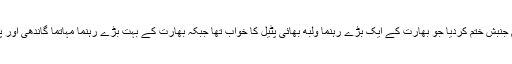
اس غیر آئینی قدم اٹھانے پر مودی کا یہ بیان آیا کہ اس نے ستر سالہ تنازعہ یک قلم جنبش ختم کردیا جو بھارت کے ایک بڑے رہنما ولبھ بھائی پٹیل کا خواب تھا جبکہ بھارت کے بہت بڑے رہنما مہاتما گاندھی اور پنڈت نہرو ریاست جموں کشمیر کی جداگانہ حیثیت برقرار رکھنے کے حامی تھے۔